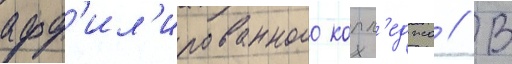
афф'ил'ированного колл'еджа // В